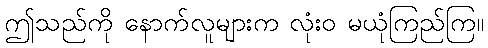
ဤသည်ကို နောက်လူများက လုံးဝ မယုံကြည်ကြ။